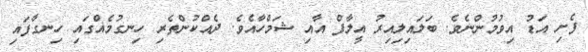
ފެށި އަޑު އިވުމުންނެވެ. ބަލައިލިއިރު އީލާފް އާއި ޝަމްހާއެވެ. ދެއްކުންތެރި ހިނގުމެެއްގައި ހިނގާފައި